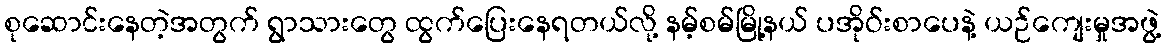
စုဆောင်းနေတဲ့အတွက် ရွာသားတွေ ထွက်ပြေးနေရတယ်လို့ နမ့်စမ်မြို့နယ် ပအိုဝ်းစာပေနဲ့ ယဉ်ကျေးမှုအဖွဲ့